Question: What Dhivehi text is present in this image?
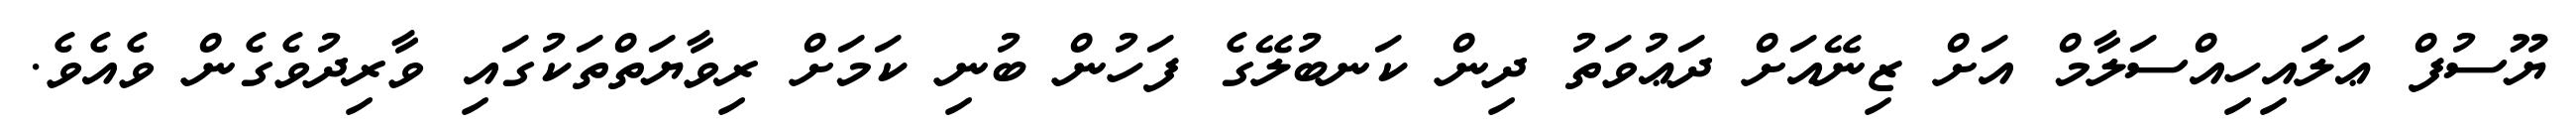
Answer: ޔޫސުފް ޢަލައިހިއްސަލާމް އަށް ޒިނޭއަށް ދަޢުވަތު ދިން ކަނބުލޭގެ ފަހުން ބުނި ކަމަށް ރިވާޔަތްތަކުގައި ވާރިދުވެގެން ވެއެވެ.